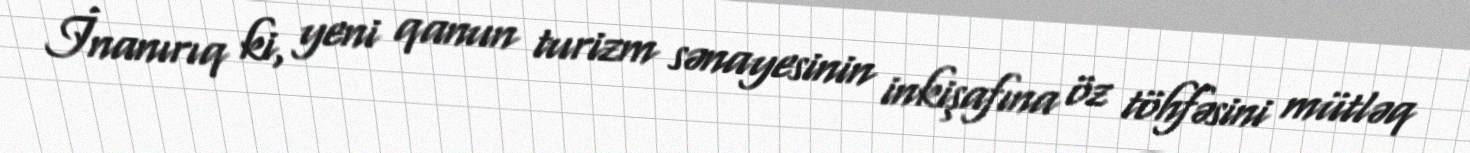
İnanırıq ki, yeni qanun turizm sənayesinin inkişafına öz töhfəsini mütləq